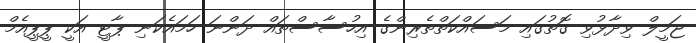
ޖަމީލް ވިދާޅުވި ގޮތުގައި މަސައްކަތްތެރިންގެ އިހުސާސްތައް ދަންނަ ހަމައެކަނި ޕާޓީ އަކީ ޕީޕީއެމް